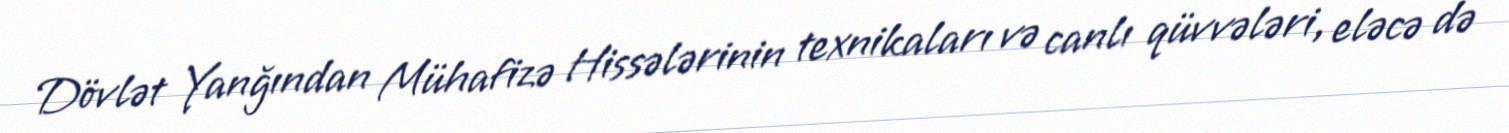
Dövlət Yanğından Mühafizə Hissələrinin texnikaları və canlı qüvvələri, eləcə də